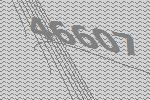
46607